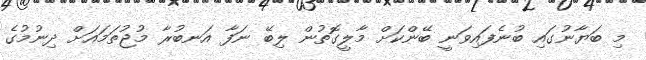
މި ބަޔާނުގައި ބުނެފައިވަނީ ބޭންކަށް މާލީގޮތުން ލިބޭ ނަފާ އަނބުރާ މުޖުތަމައަށް ދިނުމުގެ